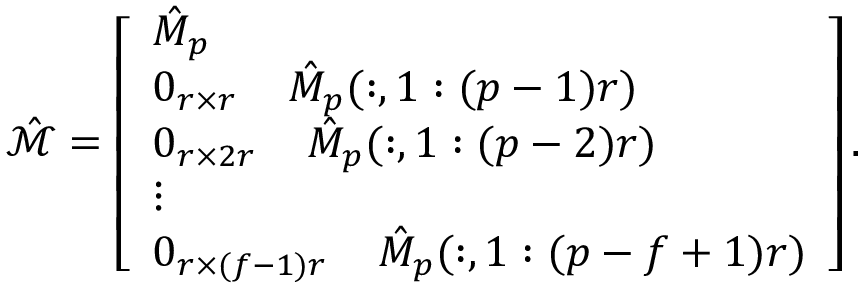
\begin{array} { r } { \hat { \mathcal { M } } = \left[ \begin{array} { l } { \hat { M } _ { p } } \\ { 0 _ { r \times r } \; \; \; \; \hat { M } _ { p } ( : , 1 : ( p - 1 ) r ) } \\ { 0 _ { r \times 2 r } \; \; \; \; \hat { M } _ { p } ( : , 1 : ( p - 2 ) r ) } \\ { \vdots } \\ { 0 _ { r \times ( f - 1 ) r } \; \; \; \; \hat { M } _ { p } ( : , 1 : ( p - f + 1 ) r ) } \end{array} \right] . } \end{array}